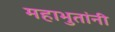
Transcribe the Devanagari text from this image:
महाभुतांनी